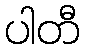
ပါတီ